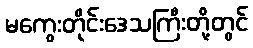
မကွေးတိုင်းဒေသကြီးတို့တွင်